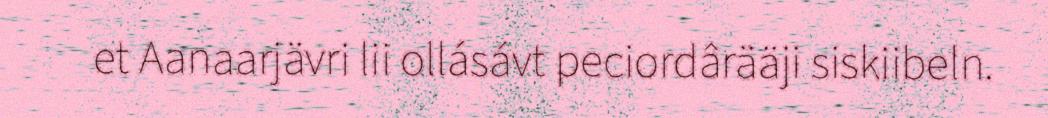
et Aanaarjävri lii ollásávt peciordârääji siskiibeln.